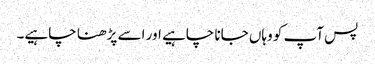
پس آپ کو وہاں جانا چاہیے اور اسے پڑھنا چاہیے۔